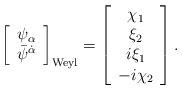
LaTeX: \begin{align*}\left[ \begin{array}{c} \psi_\alpha \\ \bar \psi^{\dot \alpha}\end{array} \right]_{\rm Weyl} = \left[ \begin{array}{c} \chi_1 \\ \xi_2 \\ i \xi_1 \\ -i \chi_2 \end{array} \right].\end{align*}